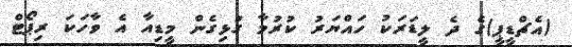
(އެޗްޑީޕީ)ގެ ދެ ލީޑަރަކު ހައްޔަރު ކުރުމާ ގުޅިގެން މީޑިއާ އެ ވާހަކަ ރިޕޯޓް